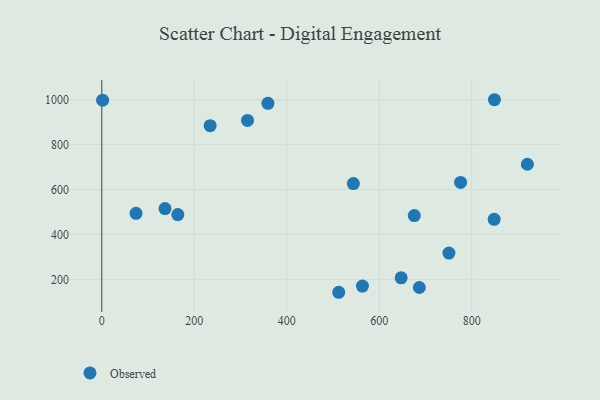
{"axis": {"x": "Speed", "y": "Fuel Efficiency"}, "legend": ["Observed"], "data": [{"x": "686.6", "y": 163.7, "type": "Observed"}, {"x": "544.0", "y": 626.5, "type": "Observed"}, {"x": "563.6", "y": 170.2, "type": "Observed"}, {"x": "234.3", "y": 884.3, "type": "Observed"}, {"x": "315.1", "y": 907.6, "type": "Observed"}, {"x": "920.2", "y": 712.6, "type": "Observed"}, {"x": "136.7", "y": 515.2, "type": "Observed"}, {"x": "512.3", "y": 142.4, "type": "Observed"}, {"x": "359.2", "y": 983.8, "type": "Observed"}, {"x": "1.8", "y": 998.0, "type": "Observed"}, {"x": "848.4", "y": 467.4, "type": "Observed"}, {"x": "750.6", "y": 317.1, "type": "Observed"}, {"x": "849.0", "y": 999.9, "type": "Observed"}, {"x": "647.3", "y": 206.8, "type": "Observed"}, {"x": "675.7", "y": 484.1, "type": "Observed"}, {"x": "74.0", "y": 493.8, "type": "Observed"}, {"x": "164.3", "y": 488.5, "type": "Observed"}, {"x": "775.8", "y": 631.7, "type": "Observed"}]}